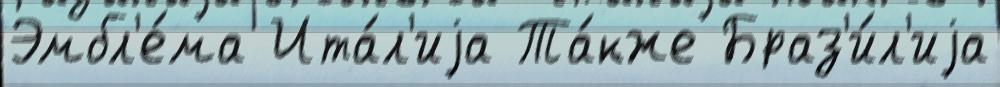
Эмбл'е́ма Ита́л'иjа Та́кже Браз'и́л'иjа